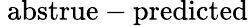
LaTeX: \mathrm{\ abs{true-predicted}}